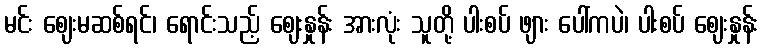
မင်း ဈေးမဆစ်ရင်၊ ရောင်းသည့် ဈေးနှုန်း အားလုံး သူတို့ ပါးစပ် ဖျား ပေါ်ကပဲ၊ ပါးစပ် ဈေးနှုန်း